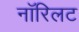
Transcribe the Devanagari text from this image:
नॉरिलट